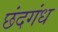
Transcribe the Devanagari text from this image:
छंदगंध